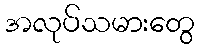
အလုပ်သမားတွေ